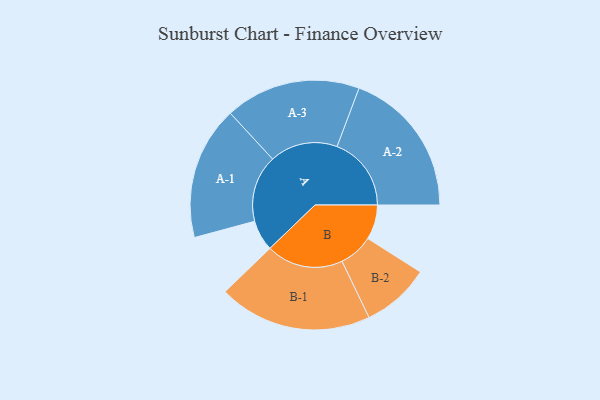
{"axis": {"x": "Segment", "y": "Value"}, "legend": ["", "A", "B"], "data": [{"x": "A", "y": 120, "type": ""}, {"x": "B", "y": 135, "type": ""}, {"x": "A-1", "y": 260, "type": "A"}, {"x": "A-2", "y": 289, "type": "A"}, {"x": "A-3", "y": 264, "type": "A"}, {"x": "B-1", "y": 299, "type": "B"}, {"x": "B-2", "y": 133, "type": "B"}]}